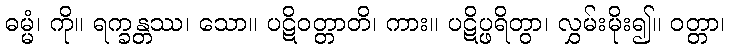
ဓမ္မံ၊ ကို။ ရက္ခန္တဿ၊ သော။ ပဋိဝတ္တာတိ၊ ကား။ ပဋိပ္ဖရိတွာ၊ လွှမ်းမိုး၍။ ဝတ္တာ၊